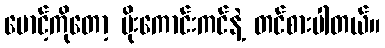
မောင့်ကိုတော့ မိုးကောင်းကင်နဲ့ တင်စားပါတယ်။